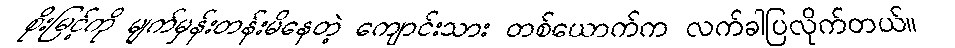
စိုးမြင့်ကို မျက်မှန်းတန်းမိနေတဲ့ ကျောင်းသား တစ်ယောက်က လက်ခါပြလိုက်တယ်။